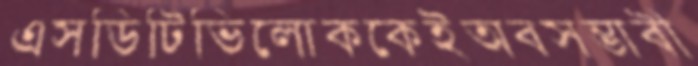
এসডিটিভিলোককেইঅবসম্ভাবী